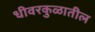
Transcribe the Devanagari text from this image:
धीवरकुळातील